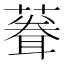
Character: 𫉠